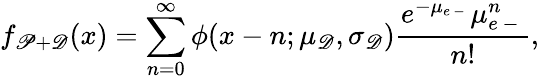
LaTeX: f_{\mathscr P+\mathscr D}(x)=\sum_{n=0}^{\infty}\phi(x-n;\mu_{\mathscr D},\sigma_{\mathscr D})\frac{e^{-\mu_{e\mathrm{~-~}}}\mu_{e\mathrm{~-~}}^{n}}{n!},